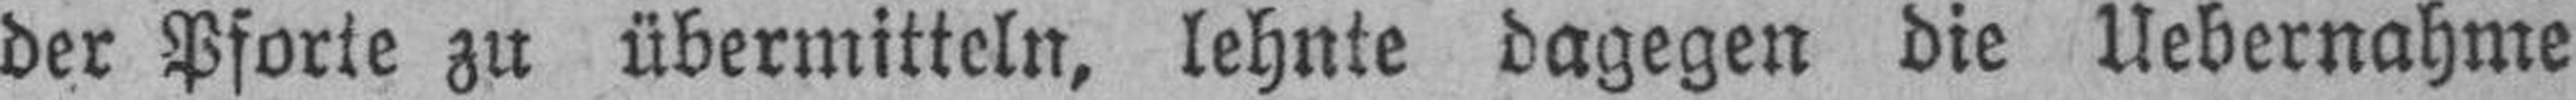
der Pforte zu übermitteln, lehnte dagegen die Uebernahme